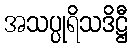
အသပ္ပုရိသဒိဋ္ဌီ